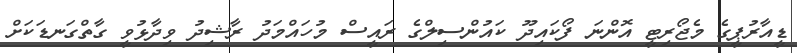
ޑީއާރުޕީގެ މެޖޯރިޓީ އޮންނަ ފޯކައިދޫ ކައުންސިލްގެ ރައީސް މުހައްމަދު ރާޝިދު ވިދާޅުވީ ގާތްގަނޑަކަށް